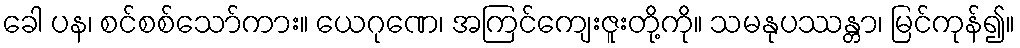
ခေါ ပန၊ စင်စစ်သော်ကား။ ယေဂုဏေ၊ အကြင်ကျေးဇူးတို့ကို။ သမနုပဿန္တာ၊ မြင်ကုန်၍။